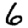
Digit: 6